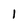
Character: l